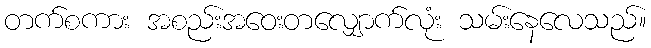
တက်စကား အစည်းအဝေးတလျှောက်လုံး သမ်းနေလေသည်။